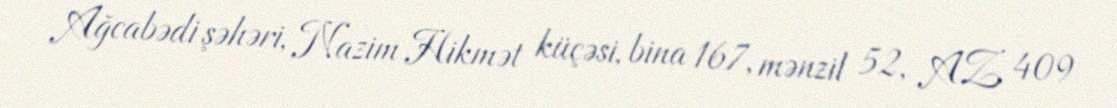
Ağcabədi şəhəri, Nazim Hikmət küçəsi, bina 167, mənzil 52, AZ 409